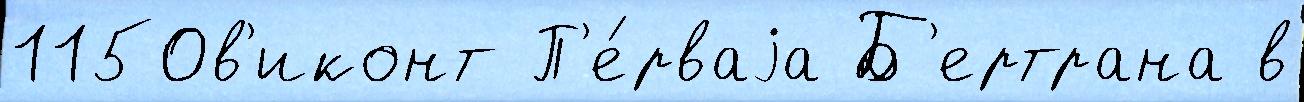
1150в'иконт П'е́рваjа Б'ертрана в